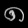
Digit: ၈